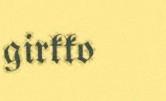
girkko